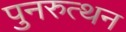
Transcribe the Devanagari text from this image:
पुनरुत्थन